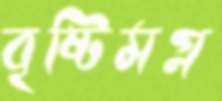
বৃষ্টিমগ্ন